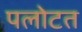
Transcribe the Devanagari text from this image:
पलोटत